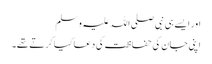
اور ایسے ہی نبی صلی اللہ علیہ وسلم
اپنی جان کی حفاظت کی دعا کیا کرتے تھے۔